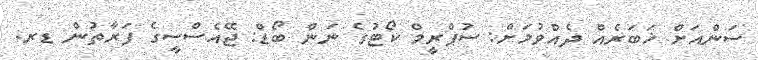
ސަންއަށް ޚަބަރެއް ދެއްވުމަށް: ސުޕްރީމް ކޯޓުގެ ނަން ބޯޑް: ޖޭއެސްސީގެ ފަރާތުން ޑރ.